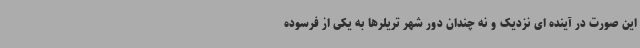
این صورت در آینده ای نزدیک و نه چندان دور شهر تریلرها به یکی از فرسوده